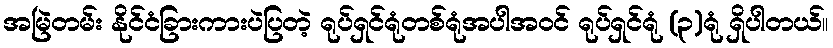
အမြဲတမ်း နိုင်ငံခြားကားပဲပြတဲ့ ရုပ်ရှင်ရုံတစ်ရုံအပါအဝင် ရုပ်ရှင်ရုံ (၃)ရုံ ရှိပါတယ်။